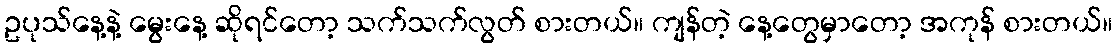
ဥပုသ်နေ့နဲ့ မွေးနေ့ ဆိုရင်တော့ သက်သက်လွတ် စားတယ်။ ကျန်တဲ့ နေ့တွေမှာတော့ အကုန် စားတယ်။